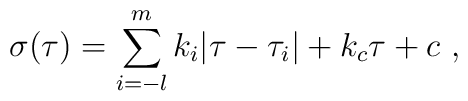
\sigma (\tau) = \sum_{i=-l}^m k_i |\tau-\tau_i| + k_c \tau + c ~,~\,